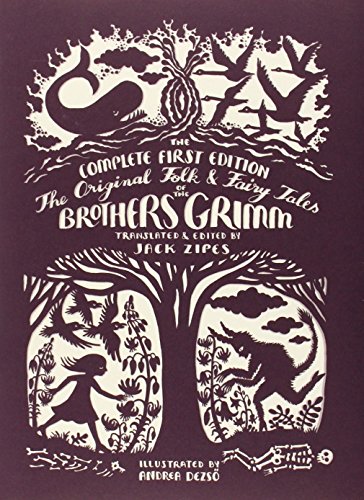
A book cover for The Original Folk and Fairy Tales of the Brothers Grimm: The Complete First Edition; Jacob Grimm; Literature & Fiction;